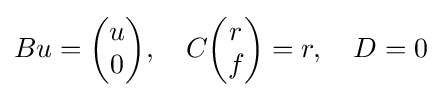
Bu={\begin{pmatrix}u\\0\end{pmatrix}},~~~C{\begin{pmatrix}r\\f\end{pmatrix}}=r,~~~D=0